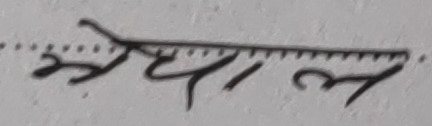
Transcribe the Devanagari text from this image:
म्याल